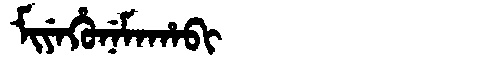
Manchu: ᠮᡳᠶᡝᡥᡠᠨᡝᠮᠠᡥᠠᠪᡳ
Romanization: MIYEHUNEMAHABI